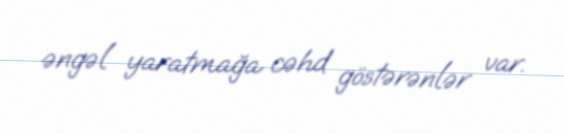
əngəl yaratmağa cəhd göstərənlər var.